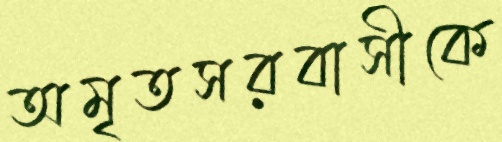
অমৃতসরবাসীকে